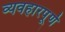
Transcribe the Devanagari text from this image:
व्यवहारपूर्ण